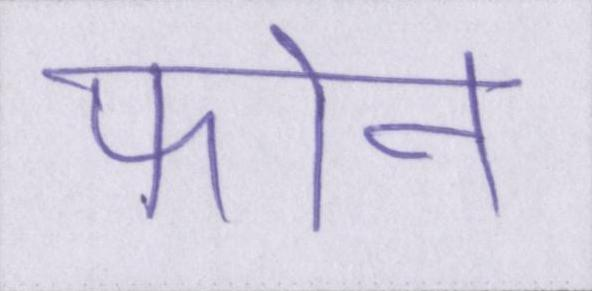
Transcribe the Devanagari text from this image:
फोन